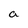
Character: a